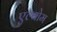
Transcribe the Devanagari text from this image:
एल्बोम